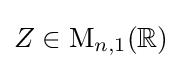
Z\in \mathrm {M} _{n,1}(\mathbb {R} )